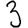
Digit: 3